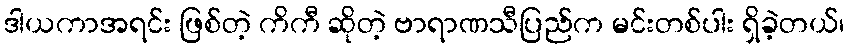
ဒါယကာအရင်း ဖြစ်တဲ့ ကိကီ ဆိုတဲ့ ဗာရာဏသီပြည်က မင်းတစ်ပါး ရှိခဲ့တယ်၊